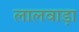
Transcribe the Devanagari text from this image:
लालवाड़ा